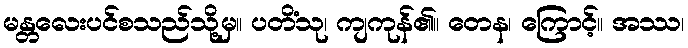
မန္တလေးပင်စသည်သို့မှ။ ပတိံသု၊ ကျကုန်၏။ တေန၊ ကြောင့်။ အဿ၊